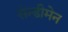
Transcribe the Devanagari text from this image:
सेन्डीमेन